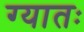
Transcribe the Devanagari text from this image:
ग्यातः